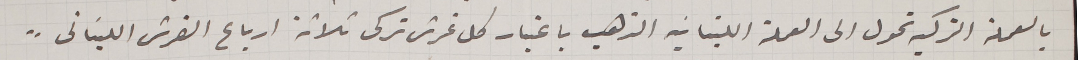
بالعملة التركيه تحول الى العملة اللبنانيه الذهب باعتبار كل غرش تركى ثلاثة ارباع القرش اللبنانى"